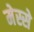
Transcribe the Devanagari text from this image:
मेस्से